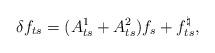
LaTeX: \begin{align*}\delta f_{ts} = (A^1_{ts} + A^2_{ts}) f_s + f^\natural_{ts},\end{align*}